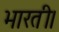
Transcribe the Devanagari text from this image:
भारती।